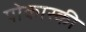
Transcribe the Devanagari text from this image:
पोकास्की